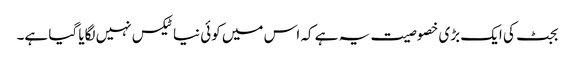
بجٹ کی ایک بڑی خصوصیت یہ ہے کہ اس میں کوئی نیا ٹیکس نہیں لگایا گیا ہے۔